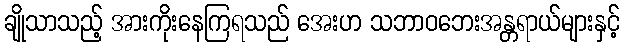
ချိုသာသည့် အားကိုးနေကြရသည် အေးဟ သဘာဝဘေးအန္တရာယ်များနှင့်